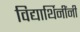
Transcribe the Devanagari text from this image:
विद्यार्थिनींनी